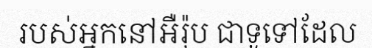
របស់អ្នកនៅអឺរ៉ុប ជាទូទៅដែល